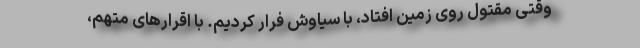
وقتی مقتول روی زمین افتاد، با سیاوش فرار کردیم. با اقرار‌های متهم،